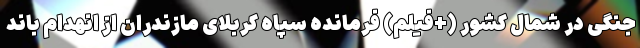
جنگی در شمال کشور (+فیلم) فرمانده سپاه کربلای مازندران از انهدام باند